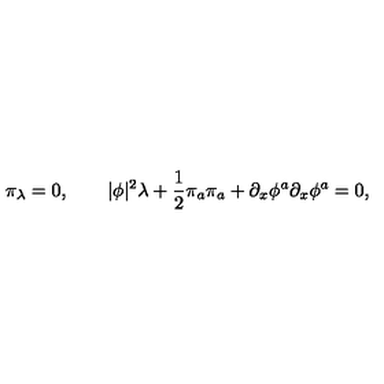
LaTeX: \pi _ { \lambda } = 0 , \qquad | \phi | ^ { 2 } \lambda + { \frac { 1 } { 2 } } \pi _ { a } \pi _ { a } + \partial _ { x } \phi ^ { a } \partial _ { x } \phi ^ { a } = 0 ,